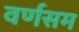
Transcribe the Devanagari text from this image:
वर्णसम